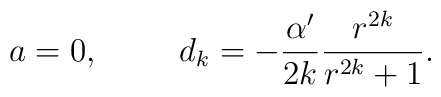
a=0, \hspace{1cm} d_k=-\frac{\alpha'}{2k}\frac{r^{2k}}{r^{2k}+1}.